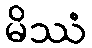
မိဿံ